Document type: Emphyteutic lease
Year: 1316
Scribe: Guillem de Vila
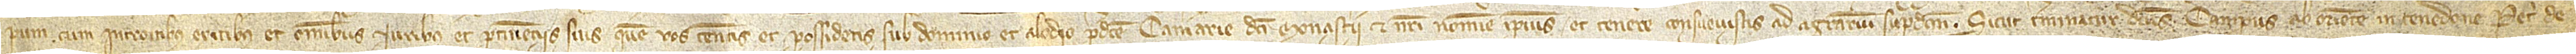
pum cum introitibus, exitibus et omnibus iuribus et pertinenciis suis quem vos tenetis et possidetis sub dominio et alodio predicte camerarie dicti monasterii et nostri nomine ipsius et tenere consuevistis ad agrarium supradictum. Sicut terminatur dictus campus ab oriente in tenedone Petri de